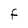
Character: F